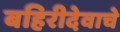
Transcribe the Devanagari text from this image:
बहिरीदेवाचे